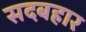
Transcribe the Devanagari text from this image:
सदबहार